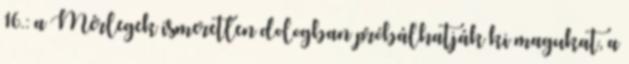
16.: a Mérlegek ismeretlen dologban próbálhatják ki magukat, a